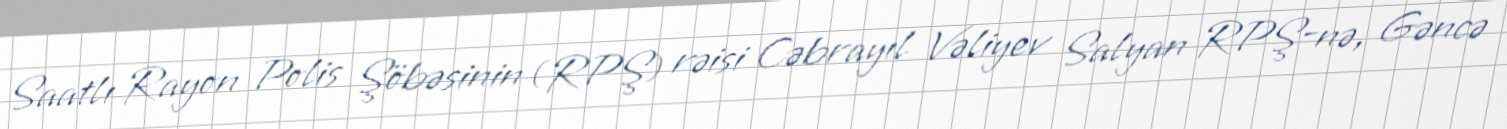
Saatlı Rayon Polis Şöbəsinin (RPŞ) rəisi Cəbrayıl Vəliyev Salyan RPŞ-nə, Gəncə